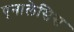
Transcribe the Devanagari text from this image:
एनालेसिस